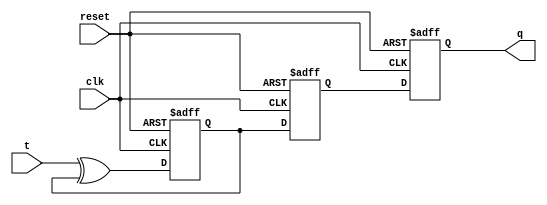
module t_flip_flop (
    input wire clk,
    input wire reset,
    input wire t,
    output reg q
);

reg master, slave;

always @ (posedge clk or posedge reset) begin
    if (reset) begin
        master <= 1'b0;
        slave <= 1'b0;
        q <= 1'b0;
    end else begin
        master <= t ^ master;
        slave <= master;
        q <= slave;
    end
end

endmodule